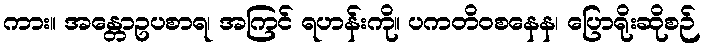
ကား။ အန္တောဥပစာရ၊ အကြင် ရဟန်းကို။ ပကတိဝစနေန၊ ပြောရိုးဆိုစဉ်